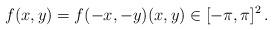
LaTeX: \begin{align*} f(x,y)=f(-x,-y)(x,y)\in[-\pi,\pi]^2\,.\end{align*}